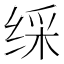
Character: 䌽